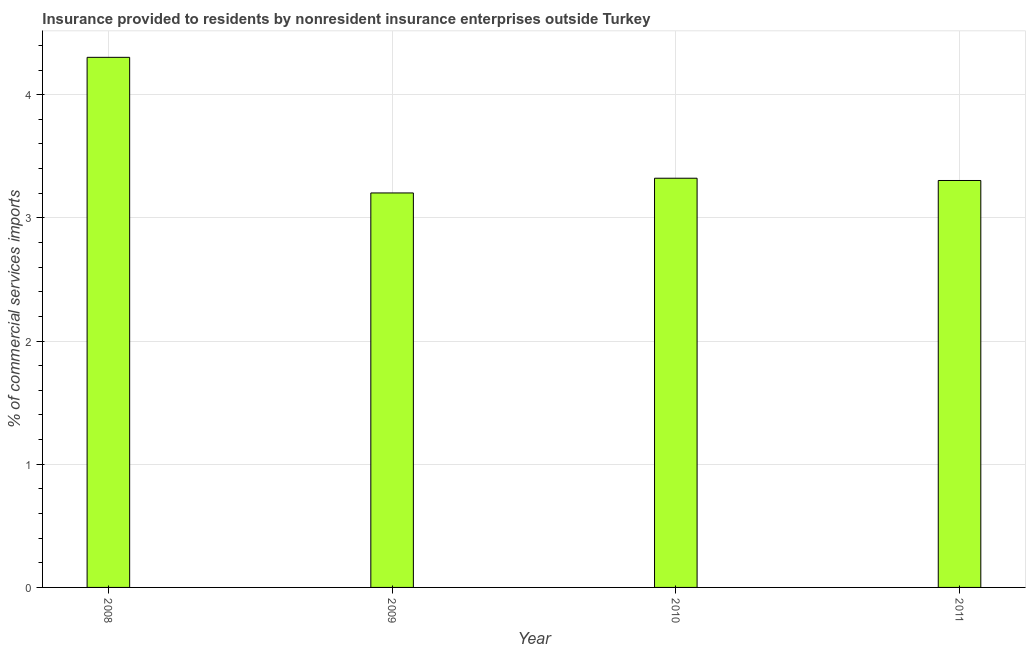
| Year | Insurance provided by non-residents |
 | --- | --- |
 | 2008 | 4.3 |
 | 2009 | 3.2 |
 | 2010 | 3.32 |
 | 2011 | 3.3 |